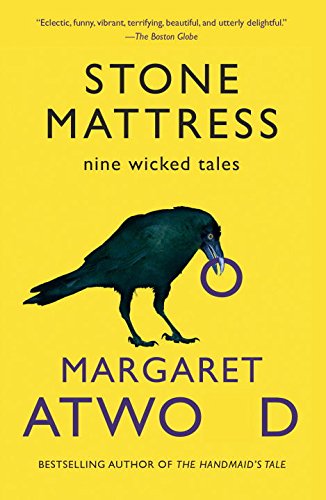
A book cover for Stone Mattress: Nine Tales; Margaret Atwood; Literature & Fiction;